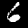
Digit: 6